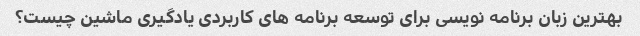
بهترین زبان برنامه نویسی برای توسعه برنامه های کاربردی یادگیری ماشین چیست؟